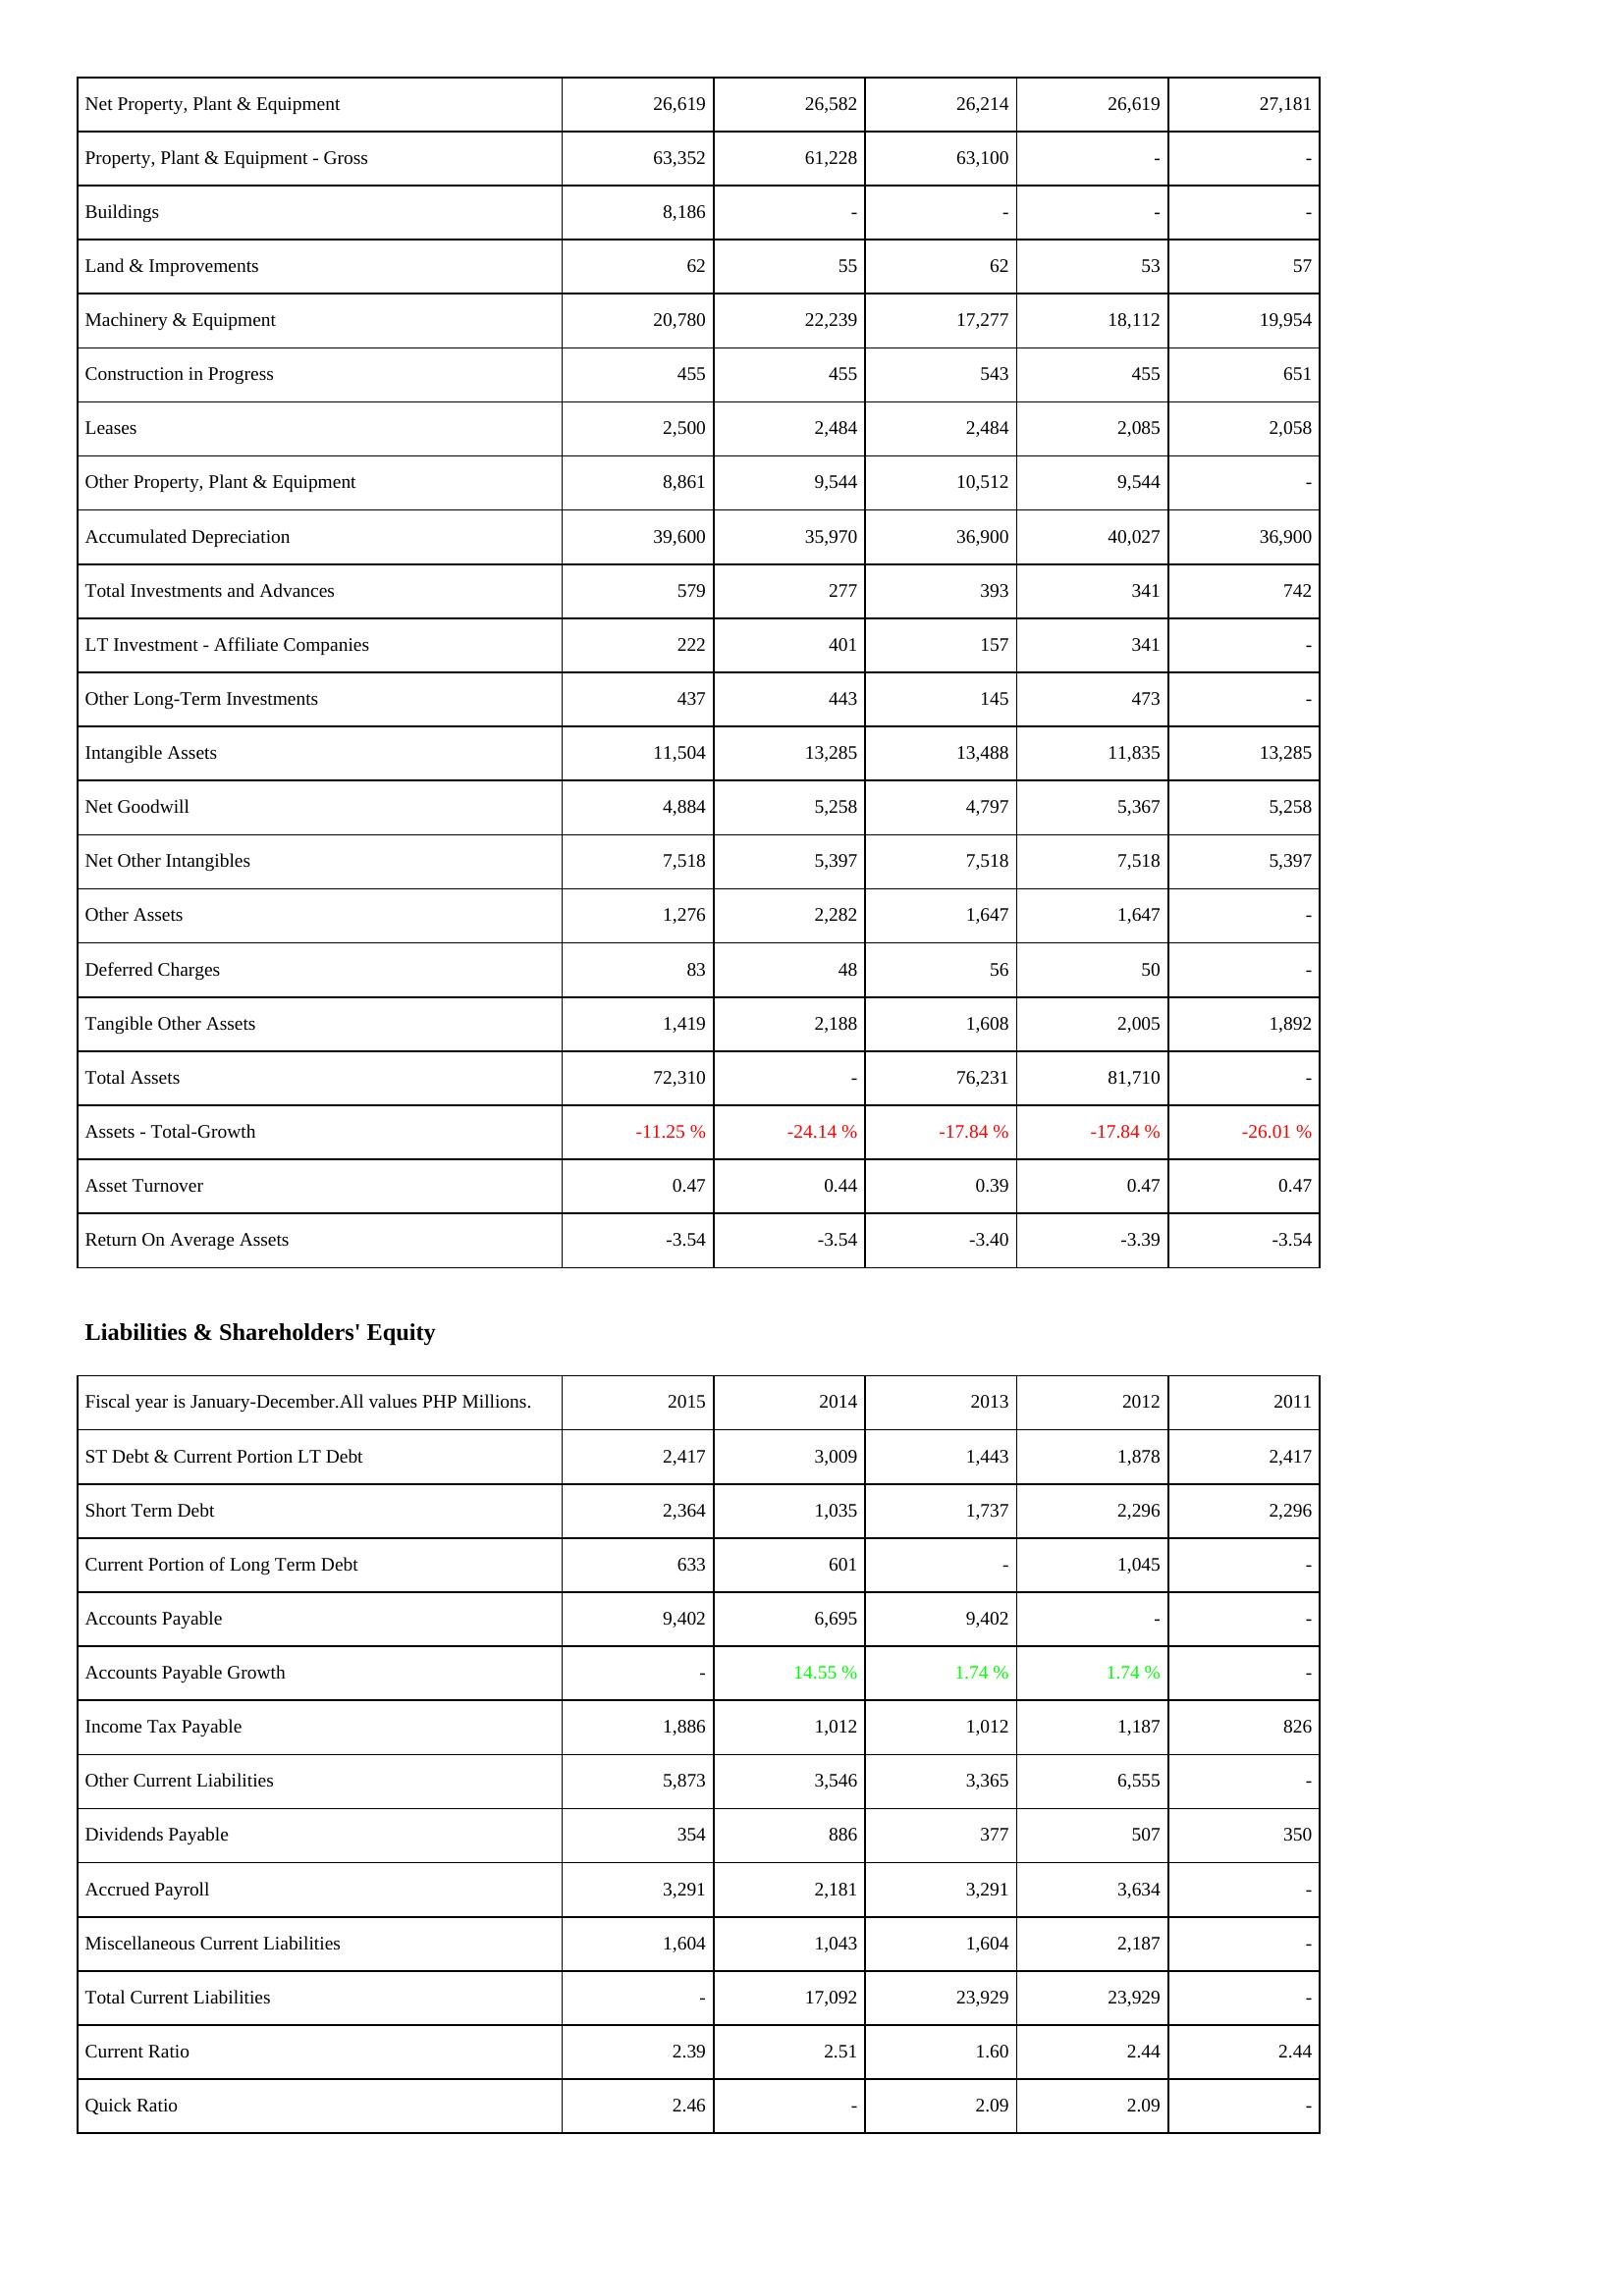
2015: Assets: Net Property, Plant & Equipment: 26,619
Property, Plant & Equipment - Gross: 63,352
Buildings: 8,186
Land & Improvements: 62
Machinery & Equipment: 20,780
Construction in Progress: 455
Leases: 2,500
Other Property, Plant & Equipment: 8,861
Accumulated Depreciation: 39,600
Total Investments and Advances: 579
LT Investment - Affiliate Companies: 222
Other Long-Term Investments: 437
Intangible Assets: 11,504
Net Goodwill: 4,884
Net Other Intangibles: 7,518
Other Assets: 1,276
Deferred Charges: 83
Tangible Other Assets: 1,419
Total Assets: 72,310
Assets - Total-Growth: -11.25 %
Asset Turnover: 0.47
Return On Average Assets: -3.54
Liabilities & Shareholders' Equity: ST Debt & Current Portion LT Debt: 2,417
Short Term Debt: 2,364
Current Portion of Long Term Debt: 633
Accounts Payable: 9,402
Accounts Payable Growth: -
Income Tax Payable: 1,886
Other Current Liabilities: 5,873
Dividends Payable: 354
Accrued Payroll: 3,291
Miscellaneous Current Liabilities: 1,604
Total Current Liabilities: -
Current Ratio: 2.39
Quick Ratio: 2.46
2014: Assets: Net Property, Plant & Equipment: 26,582
Property, Plant & Equipment - Gross: 61,228
Buildings: -
Land & Improvements: 55
Machinery & Equipment: 22,239
Construction in Progress: 455
Leases: 2,484
Other Property, Plant & Equipment: 9,544
Accumulated Depreciation: 35,970
Total Investments and Advances: 277
LT Investment - Affiliate Companies: 401
Other Long-Term Investments: 443
Intangible Assets: 13,285
Net Goodwill: 5,258
Net Other Intangibles: 5,397
Other Assets: 2,282
Deferred Charges: 48
Tangible Other Assets: 2,188
Total Assets: -
Assets - Total-Growth: -24.14 %
Asset Turnover: 0.44
Return On Average Assets: -3.54
Liabilities & Shareholders' Equity: ST Debt & Current Portion LT Debt: 3,009
Short Term Debt: 1,035
Current Portion of Long Term Debt: 601
Accounts Payable: 6,695
Accounts Payable Growth: 14.55 %
Income Tax Payable: 1,012
Other Current Liabilities: 3,546
Dividends Payable: 886
Accrued Payroll: 2,181
Miscellaneous Current Liabilities: 1,043
Total Current Liabilities: 17,092
Current Ratio: 2.51
Quick Ratio: -
2013: Assets: Net Property, Plant & Equipment: 26,214
Property, Plant & Equipment - Gross: 63,100
Buildings: -
Land & Improvements: 62
Machinery & Equipment: 17,277
Construction in Progress: 543
Leases: 2,484
Other Property, Plant & Equipment: 10,512
Accumulated Depreciation: 36,900
Total Investments and Advances: 393
LT Investment - Affiliate Companies: 157
Other Long-Term Investments: 145
Intangible Assets: 13,488
Net Goodwill: 4,797
Net Other Intangibles: 7,518
Other Assets: 1,647
Deferred Charges: 56
Tangible Other Assets: 1,608
Total Assets: 76,231
Assets - Total-Growth: -17.84 %
Asset Turnover: 0.39
Return On Average Assets: -3.40
Liabilities & Shareholders' Equity: ST Debt & Current Portion LT Debt: 1,443
Short Term Debt: 1,737
Current Portion of Long Term Debt: -
Accounts Payable: 9,402
Accounts Payable Growth: 1.74 %
Income Tax Payable: 1,012
Other Current Liabilities: 3,365
Dividends Payable: 377
Accrued Payroll: 3,291
Miscellaneous Current Liabilities: 1,604
Total Current Liabilities: 23,929
Current Ratio: 1.60
Quick Ratio: 2.09
2012: Assets: Net Property, Plant & Equipment: 26,619
Property, Plant & Equipment - Gross: -
Buildings: -
Land & Improvements: 53
Machinery & Equipment: 18,112
Construction in Progress: 455
Leases: 2,085
Other Property, Plant & Equipment: 9,544
Accumulated Depreciation: 40,027
Total Investments and Advances: 341
LT Investment - Affiliate Companies: 341
Other Long-Term Investments: 473
Intangible Assets: 11,835
Net Goodwill: 5,367
Net Other Intangibles: 7,518
Other Assets: 1,647
Deferred Charges: 50
Tangible Other Assets: 2,005
Total Assets: 81,710
Assets - Total-Growth: -17.84 %
Asset Turnover: 0.47
Return On Average Assets: -3.39
Liabilities & Shareholders' Equity: ST Debt & Current Portion LT Debt: 1,878
Short Term Debt: 2,296
Current Portion of Long Term Debt: 1,045
Accounts Payable: -
Accounts Payable Growth: 1.74 %
Income Tax Payable: 1,187
Other Current Liabilities: 6,555
Dividends Payable: 507
Accrued Payroll: 3,634
Miscellaneous Current Liabilities: 2,187
Total Current Liabilities: 23,929
Current Ratio: 2.44
Quick Ratio: 2.09
2011: Assets: Net Property, Plant & Equipment: 27,181
Property, Plant & Equipment - Gross: -
Buildings: -
Land & Improvements: 57
Machinery & Equipment: 19,954
Construction in Progress: 651
Leases: 2,058
Other Property, Plant & Equipment: -
Accumulated Depreciation: 36,900
Total Investments and Advances: 742
LT Investment - Affiliate Companies: -
Other Long-Term Investments: -
Intangible Assets: 13,285
Net Goodwill: 5,258
Net Other Intangibles: 5,397
Other Assets: -
Deferred Charges: -
Tangible Other Assets: 1,892
Total Assets: -
Assets - Total-Growth: -26.01 %
Asset Turnover: 0.47
Return On Average Assets: -3.54
Liabilities & Shareholders' Equity: ST Debt & Current Portion LT Debt: 2,417
Short Term Debt: 2,296
Current Portion of Long Term Debt: -
Accounts Payable: -
Accounts Payable Growth: -
Income Tax Payable: 826
Other Current Liabilities: -
Dividends Payable: 350
Accrued Payroll: -
Miscellaneous Current Liabilities: -
Total Current Liabilities: -
Current Ratio: 2.44
Quick Ratio: -